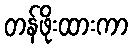
တန်ဖိုးထားကာ